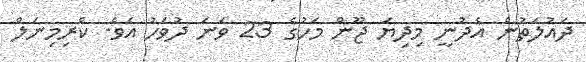
ދައުލަތުން އެދުނީ މިދިޔަ ޖޫން މަހުގެ 23 ވަނަ ދުވަހު އެވެ. ކްރިމިނަލް